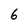
Character: 6